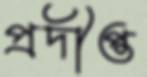
প্রদীপ্ত